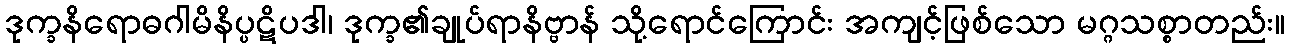
ဒုက္ခနိရောဓဂါမိနိပ္ပဋိပဒါ၊ ဒုက္ခ၏ချုပ်ရာနိဗ္ဗာန် သို့ရောင်ကြောင်း အကျင့်ဖြစ်သော မဂ္ဂသစ္စာတည်း။